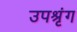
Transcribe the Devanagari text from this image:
उपश्रृंग